Report on horse surra - Volume I
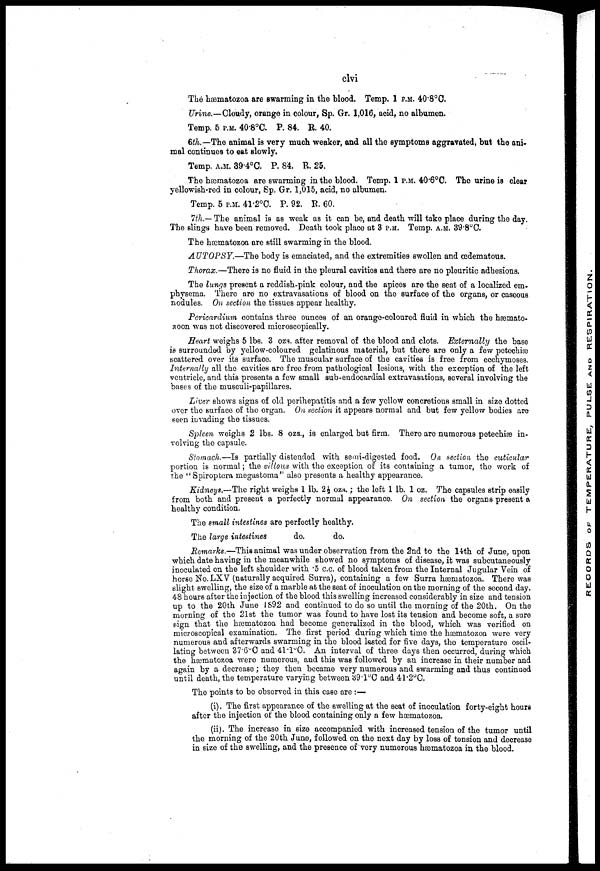
clvi
The hæmatozoa are swarming in the blood. Temp. 1 P.M. 40.8°C.
Urine.—Cloudy, orange in colour, Sp. Gr. 1,016, acid, no albumen.
Temp. 5 P.M. 40.8°C. P. 84. R. 40.
6th—The animal is very much weaker, and all the symptoms aggravated, but the ani-
mal continues to eat slowly.
Temp. A.M. 39.4°C. P. 84. R 25.
The hæmatozoa are swarming in the blood. Temp. 1 P.M. 40.6°C. The urine is clear
yellowish-red in colour, Sp. Gr. 1,015, acid, no albumen.
Temp. 5 P.M. 41.2°C. P. 92. R. 60.
7th.~ The animal is as weak as it can be, and death will take place during the day.
The slings have been removed. Death took place at 3 P.M. Temp. A.M. 39.8ºC.
The hæmatozoa are still swarming in the blood.
AUTOPSY.—The body is emaciated, and the extremities swollen and œdematous.
Thorax.—There is no fluid in the pleural cavities and there are no pleuritic adhesions.
The lungs present a reddish-pink colour, and the apices are the seat of a localized em-
physema. There are no extravasations of blood on the surface of the organs, or caseous
nodules. On section the tissues appear healthy.
Pericardium contains three ounces of an orange-coloured fluid in which the hæmato-
zoon was not discovered microscopically.
Heart weighs 5 lbs. 3 ozs. after removal of the blood and clots. Externally the base
is surrounded by yellow-coloured gelatinous material, but there are only a few petechiæ
scattered over its surface. The muscular surface of the cavities is free from ecchyinoses.
Internally all the cavities are free from pathological lesions, with the exception of the left
ventricle, and this presents a few small sub-endocardial extravasations, several involving the
bases of the musculi-papillares.
Liver shows signs of old perihepatitis and a few yellow concretions small in size dotted
over the surface of the organ. On section it appears normal and but few yellow bodies are
seen invading the tissues.
Spleen weighs 2 lbs. 8 ozs., is enlarged but firm. There are numerous petechiæ in-
volving the capsule.
Stomach.—Is partially distended with semi-digested food. On section the cuticular
portion is normal; the villous with the exception of its containing a tumor, the work of
the "Spiroptera megastoma" also presents a healthy appearance.
Kidneys.—The right weighs 1 lb. 2½ ozs.; the left 1 lb. 1 oz. The capsules strip easily
from both and present a perfectly normal appearance. On section the organs present a
healthy condition.
The small intestines are perfectly healthy.
The large intestines
do.
do.
Remarks.—This animal was under observation from the 2nd to the 14th of June, upon
which date having in the meanwhile showed no symptoms of disease, it was subcutaneously
inoculated on the left shoulder with 5 c.c. of blood taken from the Internal Jugular Vein of
horse No. LXV (naturally acquired Surra), containing a few Surra hæmatozoa. There was
slight swelling, the size of a marble at the seat of inoculation on the morning of the second day.
48 hours after the injection of the blood this swelling increased considerably in size and tension
up to the 20th June 1892 and continued to do so until the morning of the 20th. On the
morning of the 21st the tumor was found to have lost its tension and become soft, a sure
sign that the hæmatozoa had become generalized in the blood, which was verified on
microscopical examination. The first period during which time the hæmatozoa were very
numerous and afterwards swarming in the blood lasted for five days, the temperature oscil-
lating between 37.6ºC and 4l.lºC. An interval of three days then occurred, during which
the hæmatozoa were numerous, and this was followed by an increase in their number and
again by a decrease; they then became very numerous and swarming and thus continued
until death, the temperature varying between 39.1ºC and 41.2°C.
The points to be observed in this case are :—
(i). The first appearance of the swelling at the seat of inoculation forty-eight hours
after the injection of the blood containing only a few hæmatozoa.
(ii). The increase in size accompanied with increased tension of the tumor until
the morning of the 20th June, followed on the next day by loss of tension and decrease
in size of the swelling, and the presence of very numerous hæmatozoa in the blood.